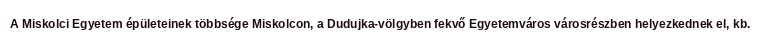
A Miskolci Egyetem épületeinek többsége Miskolcon, a Dudujka-völgyben fekvő Egyetemváros városrészben helyezkednek el, kb.